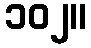
၁၀၂။